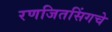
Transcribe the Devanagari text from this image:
रणजितसिंगचे